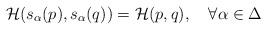
LaTeX: \begin{align*}{\cal H}(s_{\alpha}(p),s_{\alpha}(q))={\cal H}(p,q), \quad \forall\alpha\in\Delta \end{align*}